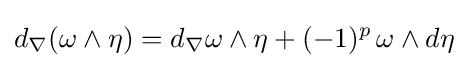
d_{\nabla }(\omega \wedge \eta )=d_{\nabla }\omega \wedge \eta +(-1)^{p}\,\omega \wedge d\eta